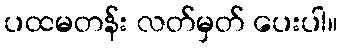
ပထမတန်း လတ်မှတ် ပေးပါ။